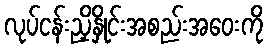
လုပ်ငန်းညှိနှိုင်းအစည်းအဝေးကို